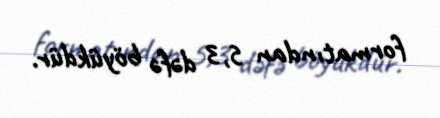
formatından 5,3 dəfə böyükdür.